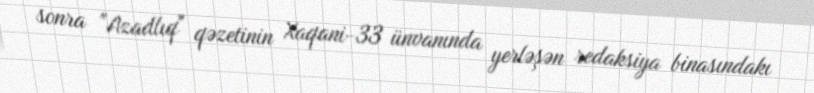
sonra "Azadlıq" qəzetinin Xaqani-33 ünvanında yerləşən redaksiya binasındakı